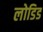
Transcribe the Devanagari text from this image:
लोडिड